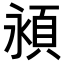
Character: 𬱁